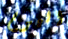
اليوم